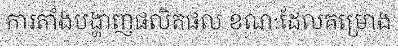
ការតាំងបង្ហាញផលិតផល ខណៈដែលគម្រោង